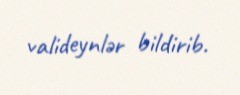
valideynlər bildirib.